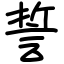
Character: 誓